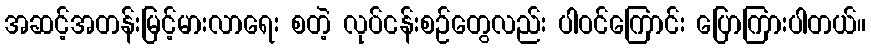
အဆင့်အတန်းမြင့်မားလာရေး စတဲ့ လုပ်ငန်းစဉ်တွေလည်း ပါဝင်ကြောင်း ပြောကြားပါတယ်။